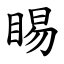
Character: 睗